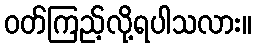
ဝတ်ကြည့်လို့ရပါသလား။